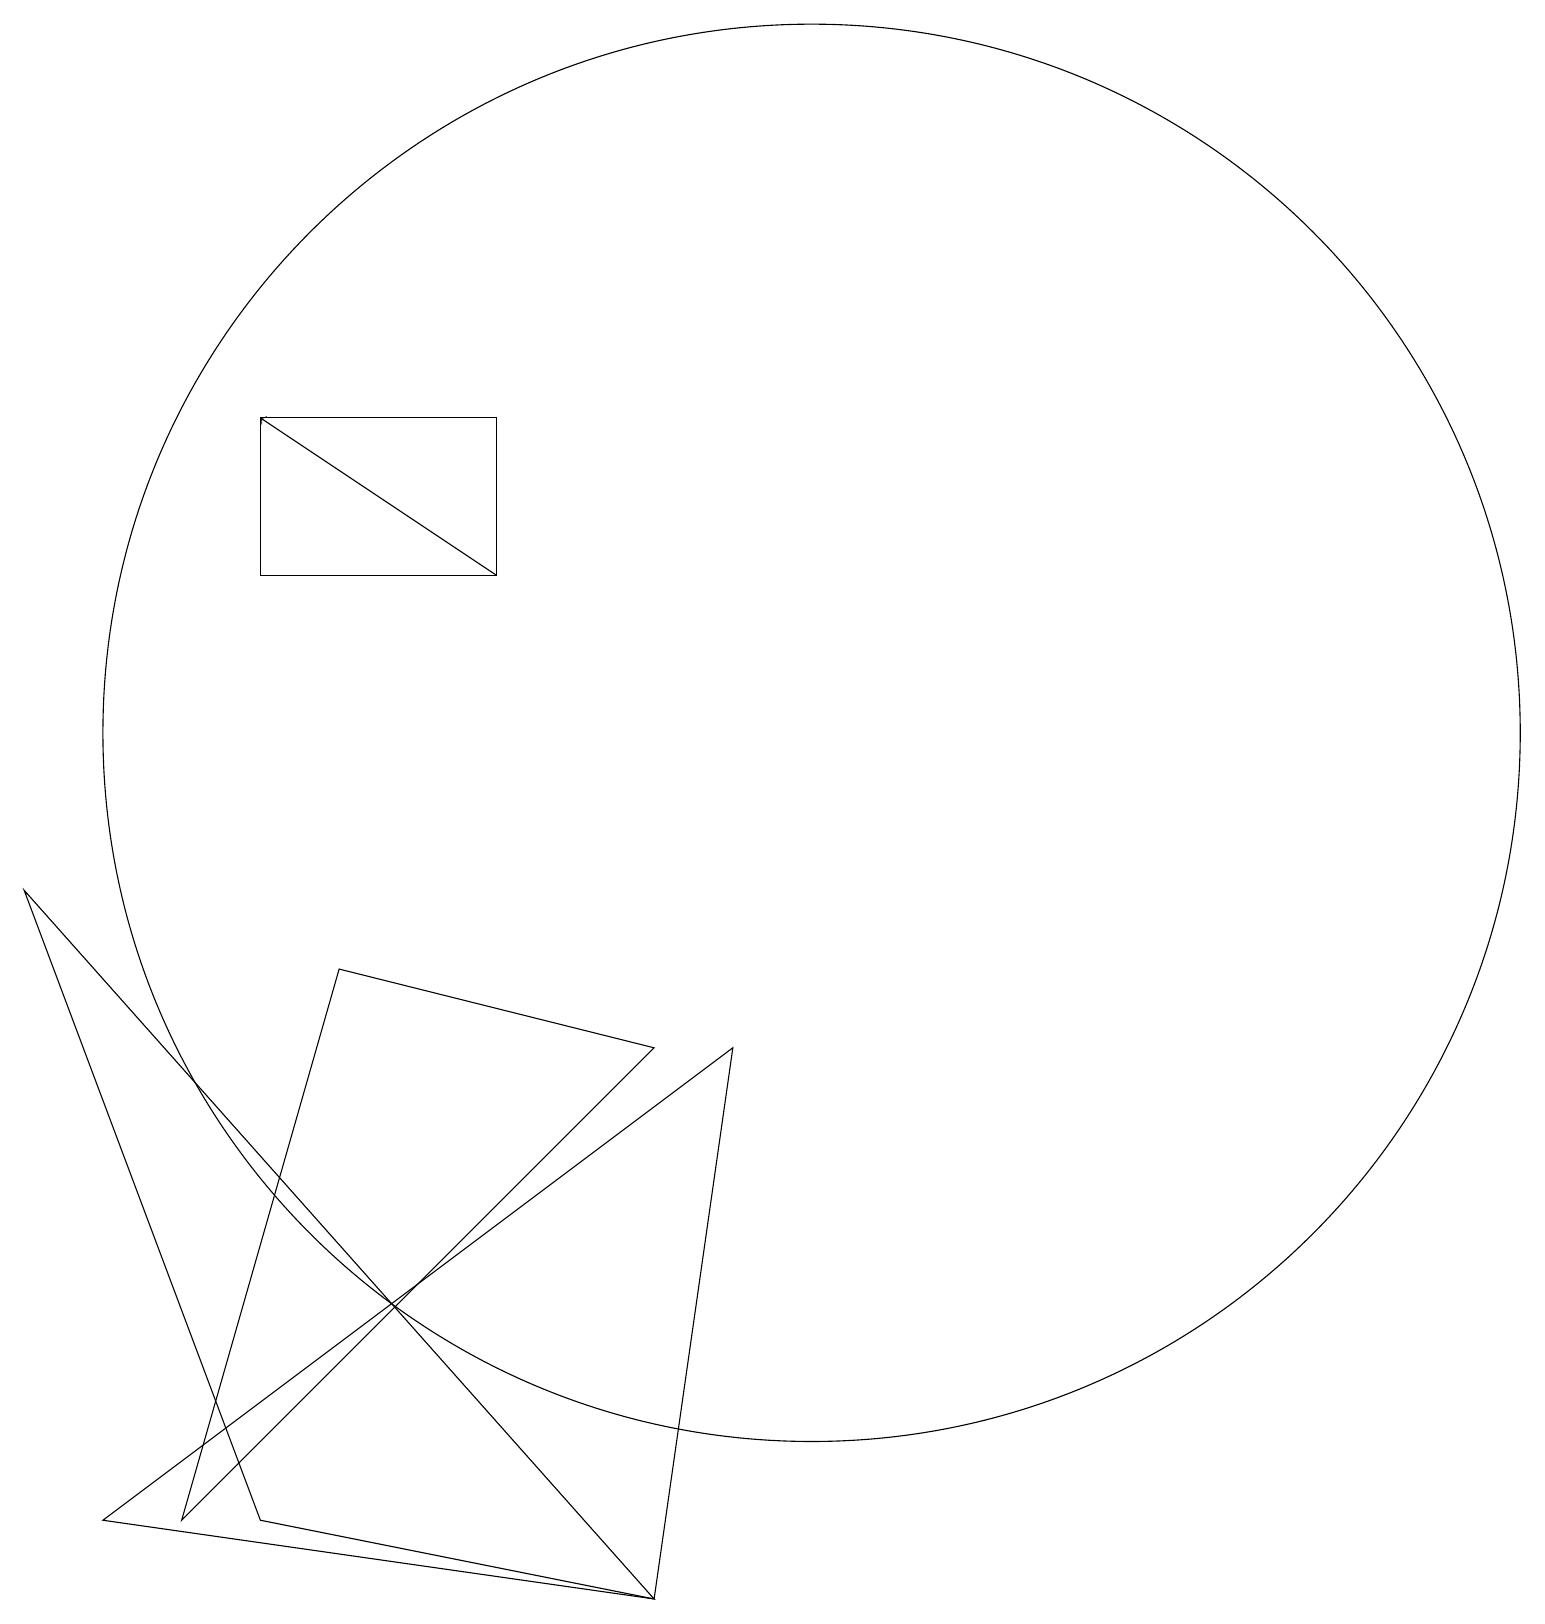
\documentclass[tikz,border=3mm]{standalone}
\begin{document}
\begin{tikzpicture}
\draw (8,0) -- (9,7) -- (1,1) -- cycle;
\draw (3,15) rectangle (6,13);
\draw (10,11) circle (9);
\draw (2,1) -- (4,8) -- (8,7) -- cycle;
\draw[->] (6,13) -- (3,15);
\draw (0,9) -- (3,1) -- (8,0) -- cycle;
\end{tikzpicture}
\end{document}